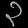
Digit: ၃